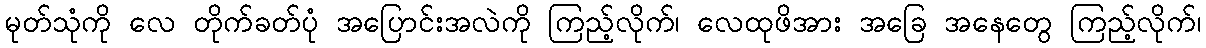
မုတ်သုံကို လေ တိုက်ခတ်ပုံ အပြောင်းအလဲကို ကြည့်လိုက်၊ လေထုဖိအား အခြေ အနေတွေ ကြည့်လိုက်၊